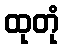
ထုတုံ